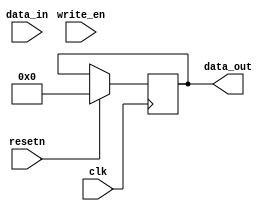
//copilot mean_prob: 0.7500600491178384
//This file was assembled by gen.py, written by redactedAuthorFirstname redactedAuthorLastname.
module crypto_keys_store
(
input [15:0] data_in,
output reg [15:0] data_out,
input clk,
input resetn,
input write_en
);

//-copilot next line-
//copilot mean_prob: 0.7500600491178384

  always @(posedge clk) begin
    if(resetn == 1) begin
      data_out <= 32'd0;
    end else begin
      if(write_en == 1) begin
        data_out <= data_out << 16'd0;
      end
    end
  end


endmodule